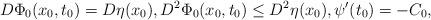
LaTeX: \begin{align*}D\Phi_0(x_0,t_0) = D\eta(x_0), D^2\Phi_0(x_0,t_0) \le D^2 \eta(x_0), \psi'(t_0) = -C_0,\end{align*}